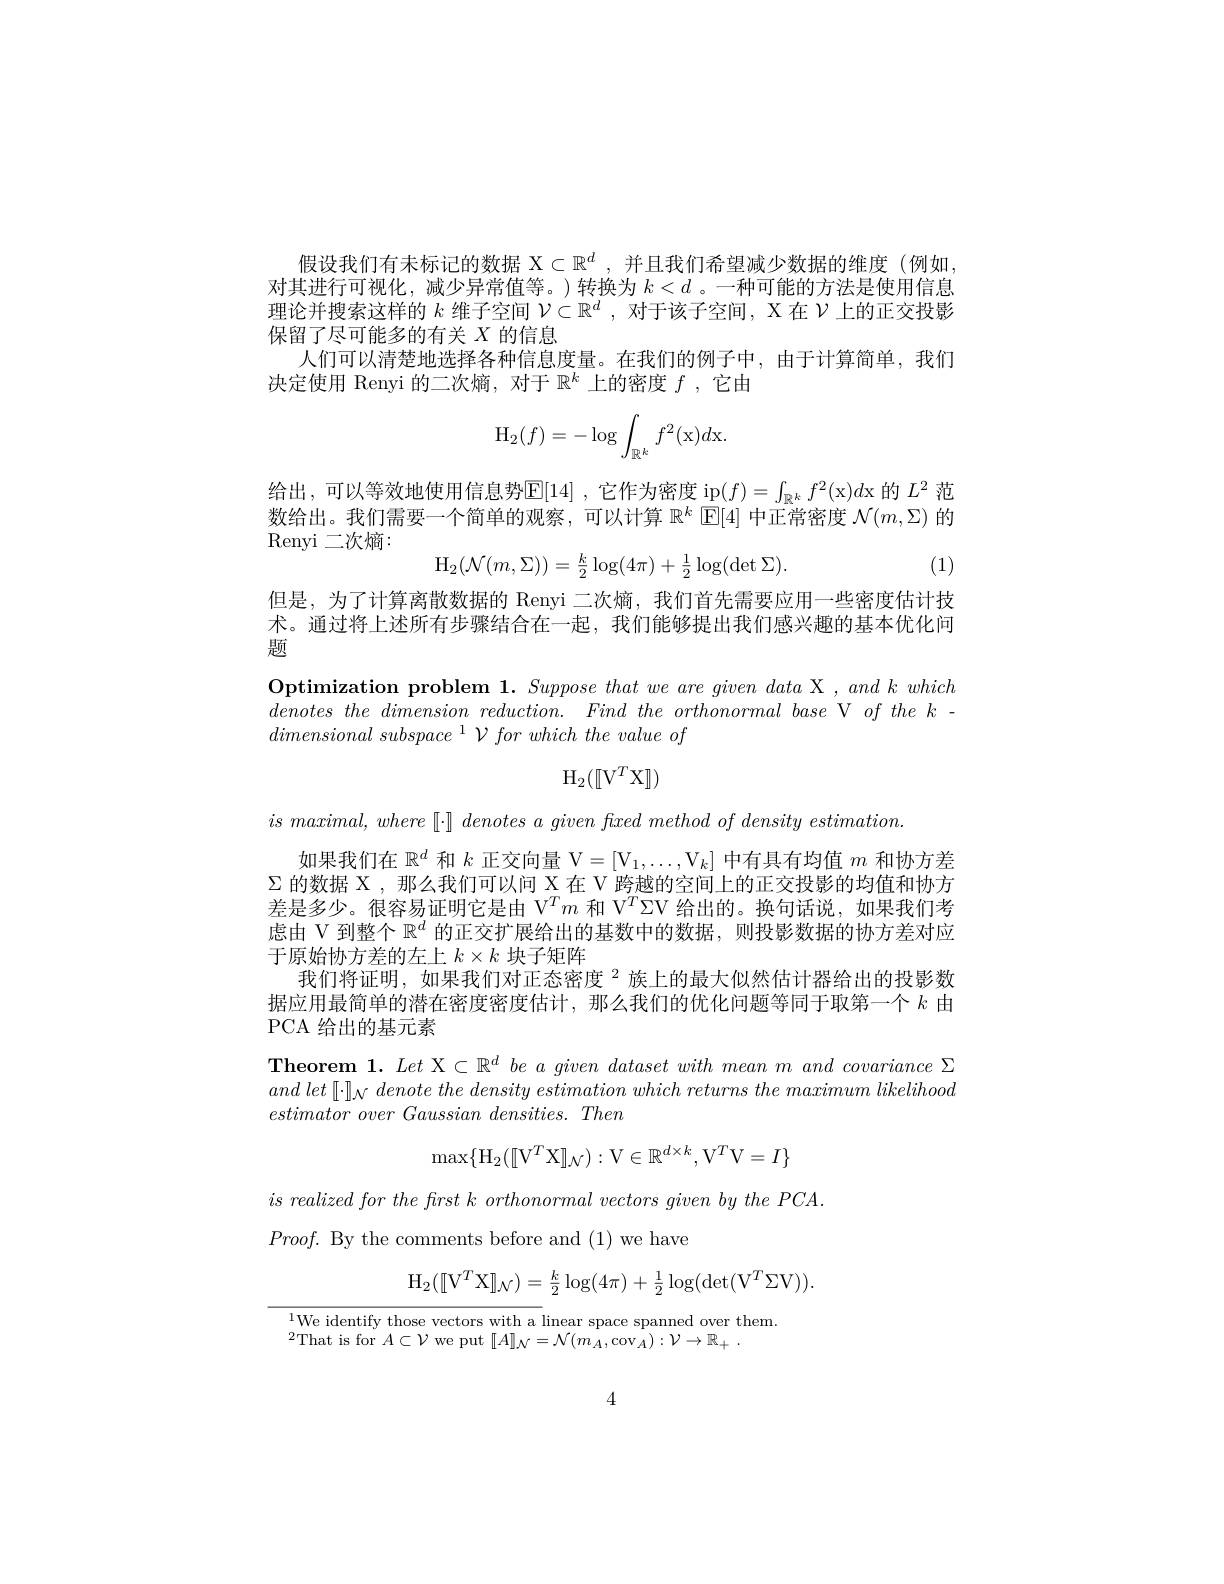
假设我们有未标记的数据$\mathcal{X}\subset\mathbb{R}^d$ ,并且我们希望减少数据的维度(例如对其进行可视化，减少异常值等。)转换为$k<d$ 。一种可能的方法是使用信息理论并搜索这样的$k$维子空间$\mathcal{V}\subset\mathbb{R}^d$ ,对于该子空间，X 在$\mathcal{V}$上的正交投影保留了尽可能多的有关$X$的信息
人们可以清楚地选择各种信息度量。在我们的例子中，由于计算简单，我们
决定使用 Renyi 的二次熵，对于$\mathbb{R}^k$上的密度$f$ ,它由
$$\mathrm H_2(f)=-\log\int_{\mathbb R^k}f^2(\mathrm x)d\mathrm x.$$
给出，可以等效地使用信息势$\mathbb{E}[14]$ ,它作为密度 ip$(f)=\int_\mathbb{R}^kf^2($x$)d$x 的 $L^2$ 范数给出。我们需要一个简单的观察，可以计算$\mathbb{R}^k$ $\mathbb{E}[4]$中正常密度$\mathcal{N}(m,\Sigma)$的Renyi二次熵：
$$\mathrm H_2(\mathcal N(m,\Sigma))=\frac{k}{2}\log(4\pi)+\frac{1}{2}\log(\det\Sigma).$$
(1)

但是，为了计算离散数据的 Renyi 二次熵，我们首先需要应用一些密度估计技术。通过将上述所有步骤结合在一起，我们能够提出我们感兴趣的基本优化问题

Optimization problem 1. $\textit{Suppose that we are given data X , and k which}$ denotesthe dimension reduction. Find the orthonormal base V of the k - $dimensional\textit{ subspace }^{1}\mathcal{V} \textit{for which the value of}$
$$\mathrm H_2([\mathrm V^T\mathrm X]])$$
$is$ $maximal, where$ $[ \cdot ]$ denotes $a$ given fxed method $of$ density estimation
如果我们在$\mathbb{R}^d$和$k$正交向量 V$=[\mathrm{V}_1,\ldots,\mathrm{V}_k]$中有具有均值$m$和协方差$\Sigma$的数据 X , 那么我们可以问 X 在 V 跨越的空间上的正交投影的均值和协方差是多少。很容易证明它是由 V$^Tm$和 V$^T\Sigma$V 给出的。换句话说，如果我们考虑由 V 到整个$\mathbb{R}^d$的正交扩展给出的基数中的数据，则投影数据的协方差对应于原始协方差的左上$k\times k$块子矩阵
我们将证明，如果我们对正态密度 $^{2}$族上的最大似然估计器给出的投影数据应用最简单的潜在密度密度估计，那么我们的优化问题等同于取第一个$k$由PCA 给出的基元素
Theorem 1. Let X$\subset\mathbb{R}^d$ be a given dataset with mean m and covariance $\Sigma$ and let $[ \cdot ] _{\mathcal{N} }$ denote the density estimation which returns the maximum likelihood $estimator\textit{ over Gaussian densities. Then}$
$$\max\{\mathrm{H}_{2}([[\mathrm{V}^{T}\mathrm{X}]]_{\mathcal{N}}):\mathrm{V}\in\mathbb{R}^{d\times k},\mathrm{V}^{T}\mathrm{V}=I\}$$
$is\textit{ realized for the first k orthonormal vectors given by the PCA}$
$Proof.$ By the comments before and (1) we have
$$\mathrm{H}_{2}([[\mathrm{V}^{T}\mathrm{X}]]_{\mathcal{N}})=\frac{k}{2}\log(4\pi)+\frac{1}{2}\log(\det(\mathrm{V}^{T}\Sigma\mathrm{V})).$$
$^{1}$We identify those vectors with a linear space spanned over them
$^{2}$That is for $A\subset\mathcal{V}$ we put $[ A] _\mathcal{N} = \mathcal{N} ( m_{A}, \mathrm{cov}_{A}) : \mathcal{V} \to \mathbb{R} _{+ }$ .

4